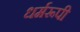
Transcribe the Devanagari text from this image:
धर्मरूपी